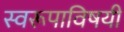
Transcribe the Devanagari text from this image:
स्वरूपाविषयी